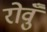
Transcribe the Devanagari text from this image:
रोवुँ